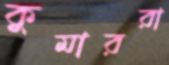
কুমাররা